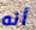
أنه